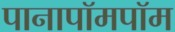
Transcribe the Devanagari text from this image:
पानापॉमपॉम